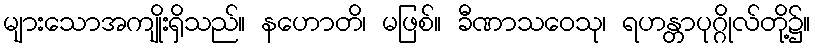
များသောအကျိုးရှိသည်။ နဟောတိ၊ မဖြစ်။ ခီဏာသဝေသု၊ ရဟန္တာပုဂ္ဂိုလ်တို့၌။